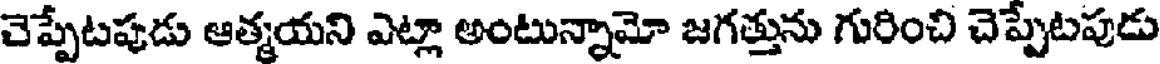
చెప్పేటపుడు ఆత్మయని ఎట్లా అంటున్నామో జగత్తును గురించి చెప్పేటపుడు